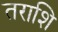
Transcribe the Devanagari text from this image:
तराशि